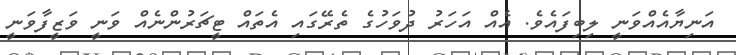
އަނިޔާއެއްވަނީ ލިބިފައެވެ. އެއް އަހަރު ދުވަހުގެ ތެރޭގައި އެތައް ޓީޗަރުންނެއް ވަނީ ވަޒީފާވަނީ